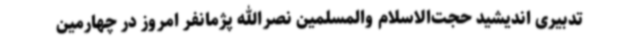
تدبیری اندیشید حجت‌الاسلام والمسلمین نصرالله پژمانفر امروز در چهارمین